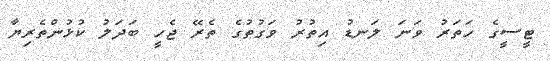
ޓީސީގެ ހަތަރު ވަނަ ލަނޑު އިތުރު ވަގުތުގެ ތެރޭ ޖެހީ ބަދަލު ކުޅުންތެރިޔާ